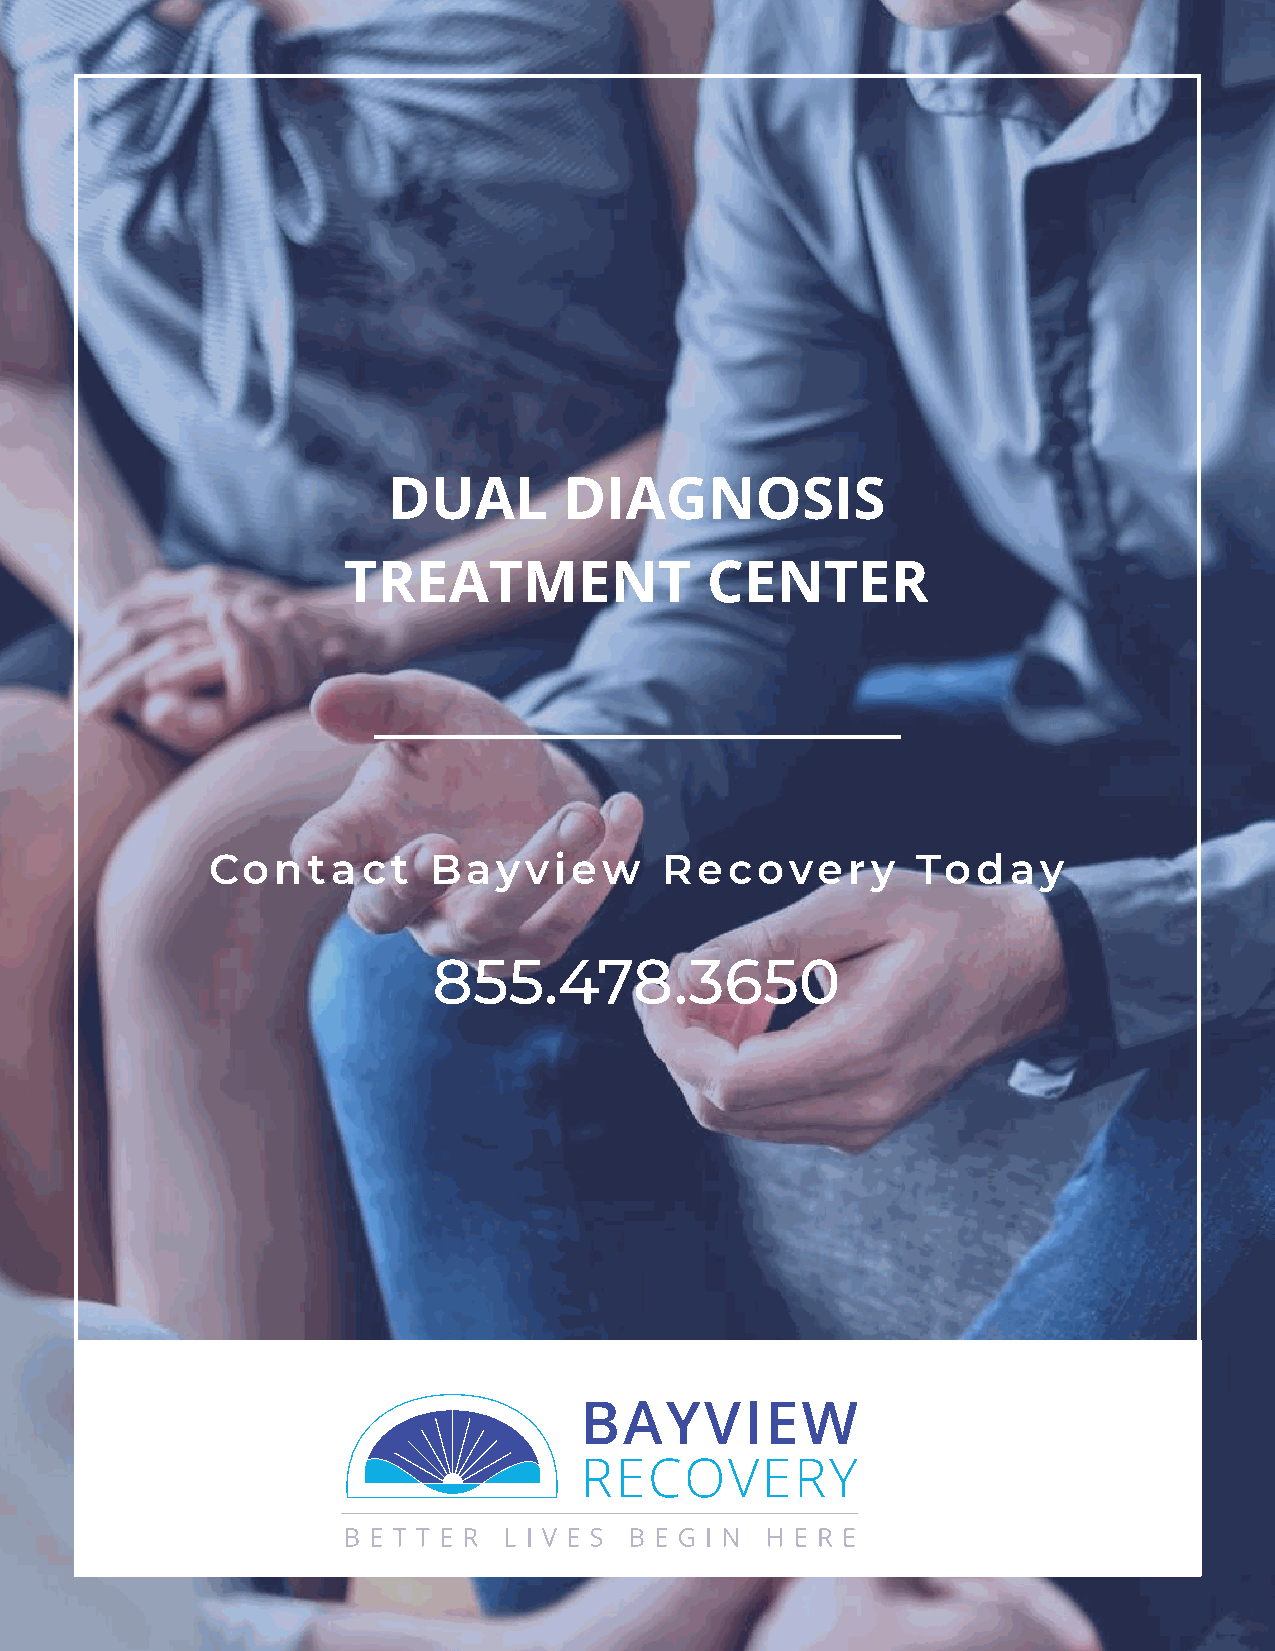
DUAL       DIAGNOSIS
 TREATMENT               CENTER
 Contact        Bayview        Recovery         Today
 855.478.3650
 BAYVIEW
 RECOVERY
 1
 Bayview Recovery: DUAL DIAGNOSIS TREATMENT CENTER                         1